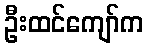
ဦးထင်ကျော်က